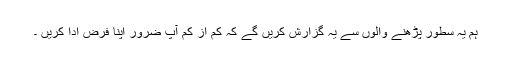
ہم یہ سطور پڑھنے والوں سے یہ گزارش کریں گے کہ کم از کم آپ ضرور اپنا فرض ادا کریں ۔